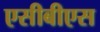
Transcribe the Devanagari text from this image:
एसीबीएस